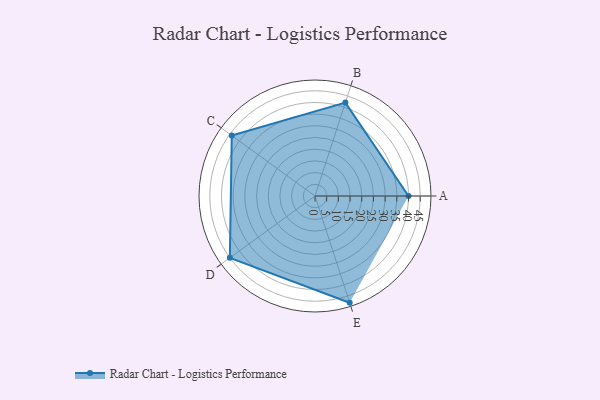
{"axis": {"x": "Skill", "y": "Score"}, "legend": ["Profile"], "data": [{"x": "A", "y": 40.0, "type": "Profile"}, {"x": "B", "y": 42.0, "type": "Profile"}, {"x": "C", "y": 44.0, "type": "Profile"}, {"x": "D", "y": 45.0, "type": "Profile"}, {"x": "E", "y": 48.0, "type": "Profile"}]}